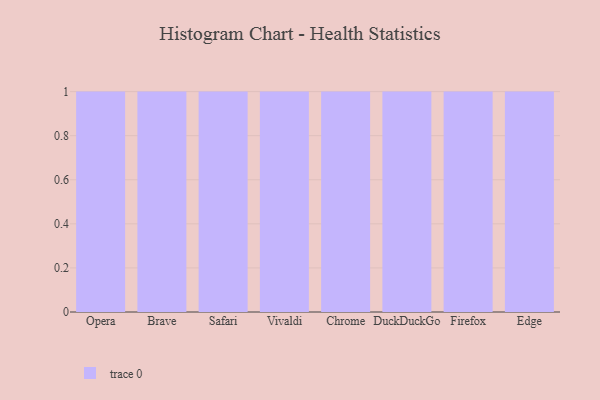
{"axis": {"x": "Browser", "y": "Market Share (%)"}, "legend": [""], "data": [{"x": "Opera", "y": 5, "type": ""}, {"x": "Brave", "y": 69, "type": ""}, {"x": "Safari", "y": 33, "type": ""}, {"x": "Vivaldi", "y": 43, "type": ""}, {"x": "Chrome", "y": 87, "type": ""}, {"x": "DuckDuckGo", "y": 59, "type": ""}, {"x": "Firefox", "y": 58, "type": ""}, {"x": "Edge", "y": 1, "type": ""}]}